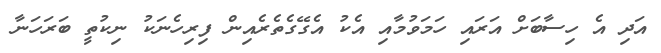
އަދި އެ ހިސާބަށް އަރައި ހަމަވުމާއި އެކު އެގޭގެތެރެއިން ފިރިހެނަކު ނިކުތީ ބަރަހަނާ